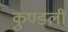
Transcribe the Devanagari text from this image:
कुण्डलीं